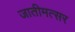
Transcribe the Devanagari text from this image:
जातीमत्सर